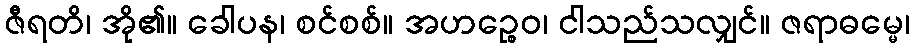
ဇီရတိ၊ အို၏။ ခေါပန၊ စင်စစ်။ အဟဉ္စေဝ၊ ငါသည်သလျှင်။ ဇရာဓမ္မေ၊